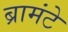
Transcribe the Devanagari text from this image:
ब्रामंटे